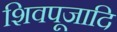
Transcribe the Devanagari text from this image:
शिवपूजादि